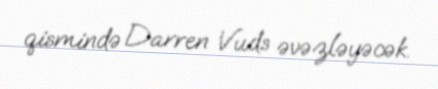
qismində Darren Vuds əvəzləyəcək.